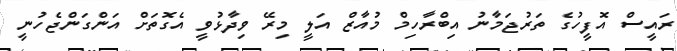
ރައީސް އޮފީހުގެ ތަރުޖަމާނު އިބްރާހިމް މުއާޒް އަލީ މިރޭ ވިދާޅުވީ އެގޮތަށް އަންގަންޖެހުނީ